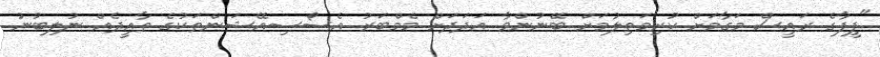
"ފީފާގެ ރައީސް މަގާމަށް ކުރިމަތިލުމަށް ބޭނުންވާ އަދަދަށް މެމްބަރު އެސޯސިއޭޝަންތަކުގެ ތާއީދެއް ނުލިބުނު.